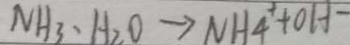
N H _ { 3 } \cdot H _ { 2 } O \rightarrow N H _ { 4 } ^ { + } + O H ^ { - }